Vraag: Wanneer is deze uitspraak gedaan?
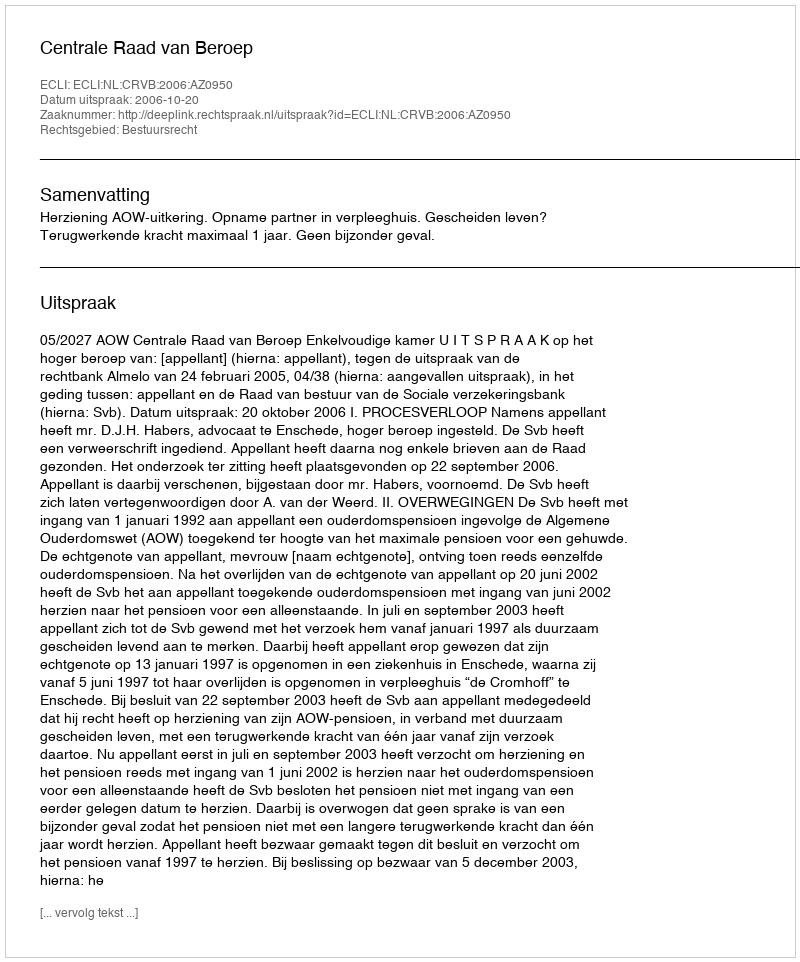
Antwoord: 2006-10-20